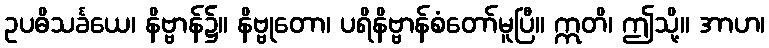
ဥပဓိသင်္ခယေ၊ နိဗ္ဗာန်၌။ နိဗ္ဗုတော၊ ပရိနိဗ္ဗာန်စံတော်မူပြီ။ ဣတိ၊ ဤသို့။ အာဟ၊